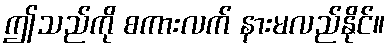
ဤသည်ကို စကားလက် နားမလည်နိုင်။